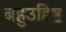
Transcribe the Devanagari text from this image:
बहुउद्दिष्ट